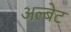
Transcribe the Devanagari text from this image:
अल्बेट